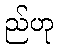
ည်ဟု